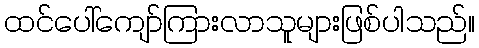
ထင်ပေါ်ကျော်ကြားလာသူများဖြစ်ပါသည်။